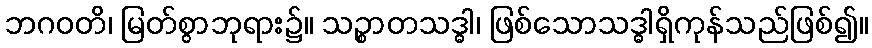
ဘဂဝတိ၊ မြတ်စွာဘုရား၌။ သဉ္စာတသဒ္ဓါ၊ ဖြစ်သောသဒ္ဓါရှိကုန်သည်ဖြစ်၍။